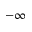
- \infty